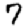
Digit: 7